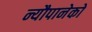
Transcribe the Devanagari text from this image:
न्यौपानेको